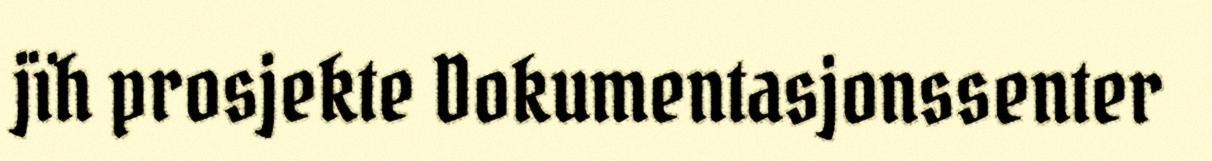
jïh prosjekte Dokumentasjonssenter